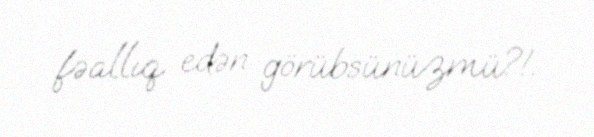
fəallıq edən görübsünüzmü?!.